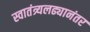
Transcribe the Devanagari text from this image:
स्वातंत्र्यलढ्यानंतर